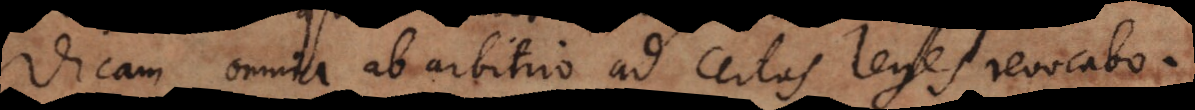
dicam omnia ab arbitrio ad certas leges revocabo.